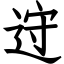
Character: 䢘